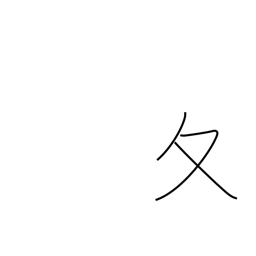
Meaning: winter radical (no. 34)